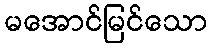
မအောင်မြင်သော